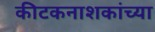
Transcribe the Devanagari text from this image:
कीटकनाशकांच्या